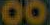
00